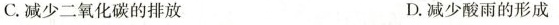
C.减少二氧化碳的排放 D.减少酸雨的形成